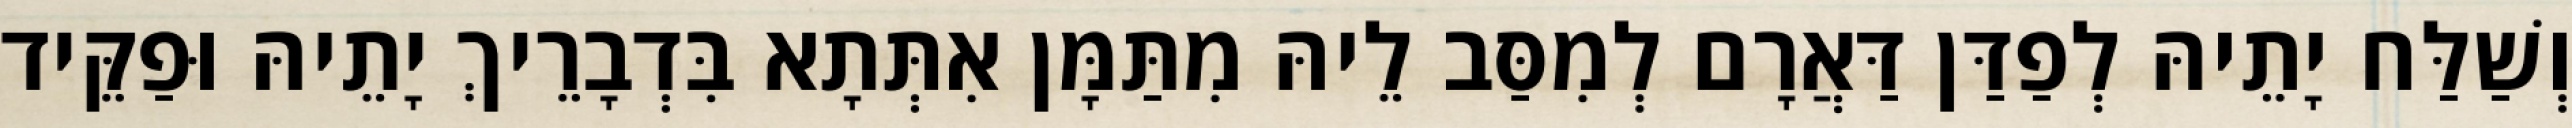
וְשַׁלַּח יָתֵיהּ לְפַדַּן דַּאֲרָם לְמִסַּב לֵיהּ מִתַּמָּן אִתְּתָא בִּדְבָרֵיךְ יָתֵיהּ וּפַקֵּיד